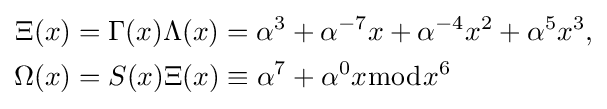
{\begin{aligned}\Xi (x)&=\Gamma (x)\Lambda (x)=\alpha ^{3}+\alpha ^{-7}x+\alpha ^{-4}x^{2}+\alpha ^{5}x^{3},\\\Omega (x)&=S(x)\Xi (x)\equiv \alpha ^{7}+\alpha ^{0}x{\bmod {x^{6}}}\end{aligned}}